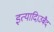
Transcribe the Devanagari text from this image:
इत्यादि।उबैद